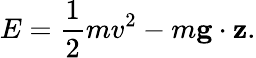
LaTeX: E=\frac{1}{2}mv^{2}-m\mathbf{g}\cdot\mathbf{z}.